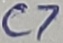
Text: C7